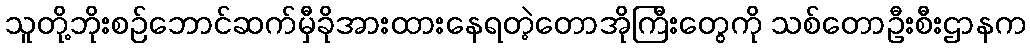
သူတို့ဘိုးစဉ်ဘောင်ဆက်မှီခိုအားထားနေရတဲ့တောအိုကြီးတွေကို သစ်တောဦးစီးဌာနက